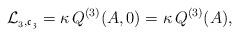
LaTeX: \begin{align*}\mathcal{L}_{_{3},\mathfrak{c_{3}}}=\kappa\,Q^{(3)}(A,0)=\kappa\,Q^{(3)}(A),\end{align*}